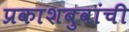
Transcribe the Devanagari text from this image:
प्रकाशबुवांची